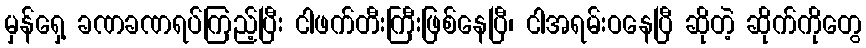
မှန်ရှေ့ ခဏခဏရပ်ကြည့်ပြီး ငါဖက်တီးကြီးဖြစ်နေပြီ၊ ငါအရမ်းဝနေပြီ ဆိုတဲ့ ဆိုက်ကိုတွေ